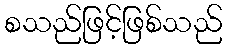
စသည်ဖြင့်ဖြစ်သည်